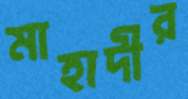
মাহাদীর